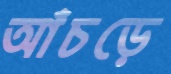
আঁচড়ে